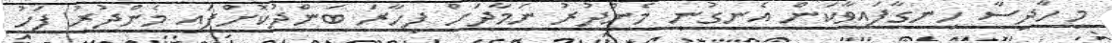
މި ހާދިސާ ހިނގާފައިވާކަން އެނގުނީ މެންދުރު ނަމާދަށް ފިހާރަ ބަންދުކޮށްފައި މެންދުރު ފަހު